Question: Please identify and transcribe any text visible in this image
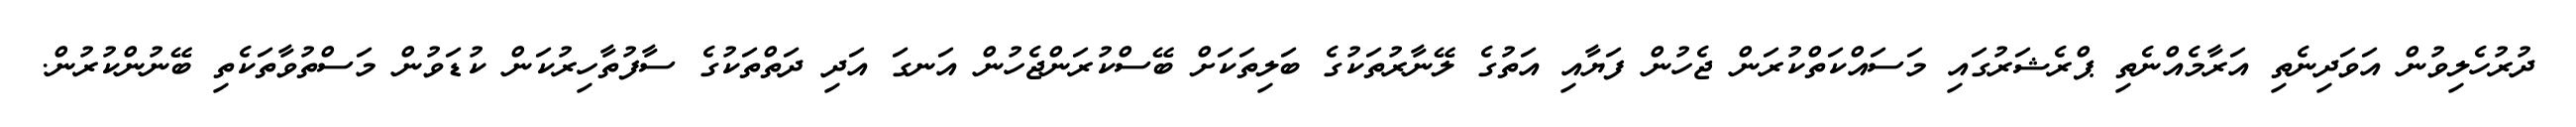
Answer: ދުރުހެލިވުން އަވަދިނެތި އަރާމެއްނެތި ޕްރެޝަރުގައި މަސައްކަތްކުރަން ޖެހުން ފަޔާއި އަތުގެ ލޭނާރުތަކުގެ ބަލިތަކަށް ބޭސްކުރަންޖެހުން އަނގަ އަދި ދަތްތަކުގެ ސާފުތާހިރުކަން ކުޑަވުން މަސްތުވާތަކެތި ބޭނުންކުރުން.